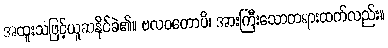
အထူးသဖြင့်ယူဆနိုင်ခဲ၏။ ဗလဝတောပိ၊ အားကြီးသောတရားထက်လည်း။